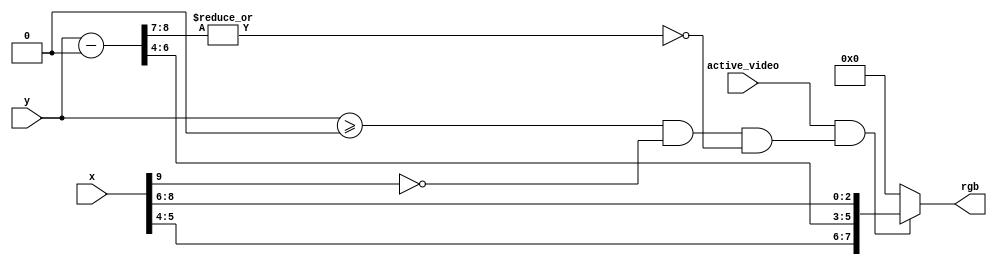
////////////////////////////////////////////////////////////////////////////////
//
// 
// Module Name:     rgb_332_palette
// Target Devices:  Mojo V3 (Spartan-6)
//
// Description:     NTSC Shield 3-3-2 RGB Palette Generator
//
//                  Generates 512-by-128 pixel palette. Each color is a 16-by-16
//                  square. There are 8 rows, one for each green level. Each
//                  horizontal square cycles through the 4 blue levels per 8 red
//                  levels.
//
// Parameters:      START_Y      - shift the y-pixel start position     
//
// Inputs:          x            - horizontal pixel
//                  y            - vertical pixel
//                  active_video - active video signal
//
// Outputs:         rgb          - red, green, blue level
//
////////////////////////////////////////////////////////////////////////////////

module rgb_332_palette
    #(
    parameter START_Y = 9'd0
    )
    (    
    input wire [9:0] x,
    input wire [8:0] y,
    
    input wire active_video,
    
    output wire [7:0] rgb
    );
    
// CONSTANTS ///////////////////////////////////////////////////////////////////
    
    localparam BLACK = 8'h00;
    
	
// SIGNAL DECLARATION //////////////////////////////////////////////////////////
    
    // y-pixel shifted position
    wire [8:0] y_shift;
    
    // active image signal
    wire image_on;
    
    
// SIGNALS /////////////////////////////////////////////////////////////////////
	
    // shift the image down the screen
    assign y_shift = y - START_Y;
    
    // palette is displayed when x < 512 and y < 128, shifted by the y-pixel
    // start position
    assign image_on = (y >= START_Y) & (~x[9]) & (~| y_shift[8:7]);
    
    
// OUTPUT LOGIC ////////////////////////////////////////////////////////////////

    // red changes every 64 x-pixels, green changes every 16 y-pixels, and
    // blue changes every 16 x-pixels
    assign rgb = (active_video & image_on) ?
                    {x[5:4], y_shift[6:4], x[8:6]} :
                    BLACK;
    
endmodule